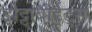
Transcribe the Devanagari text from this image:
झेट्टाबाईट्स